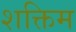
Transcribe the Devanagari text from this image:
शक्तिम